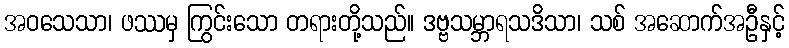
အဝသေသာ၊ ဖဿမှ ကြွင်းသော တရားတို့သည်။ ဒဗ္ဗသမ္ဘာရသဒိသာ၊ သစ် အဆောက်အဦနှင့်